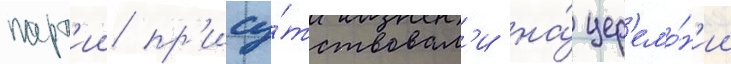
парт'ии пр'ису́тствовал'и на́ цер'емо́н'ии